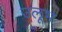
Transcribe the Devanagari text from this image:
उलूभ